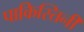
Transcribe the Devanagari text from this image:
पाकिस्तिनी